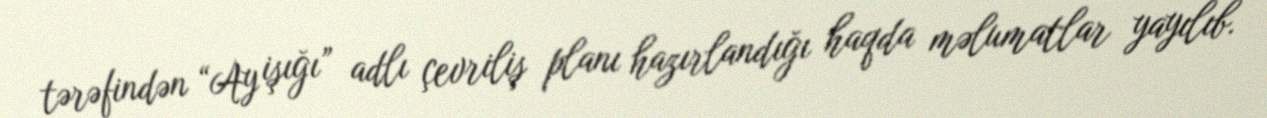
tərəfindən “Ay işığı” adlı çevriliş planı hazırlandığı haqda məlumatlar yayılıb.